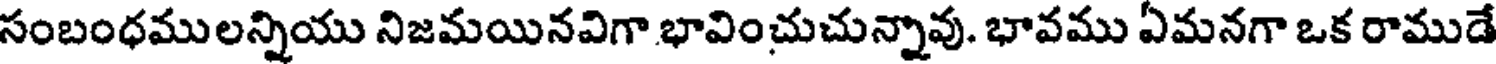
సంబంధములన్నియు నిజమయినవిగా భావించుచున్నావు. భావము ఏమనగా ఒక రాముడే